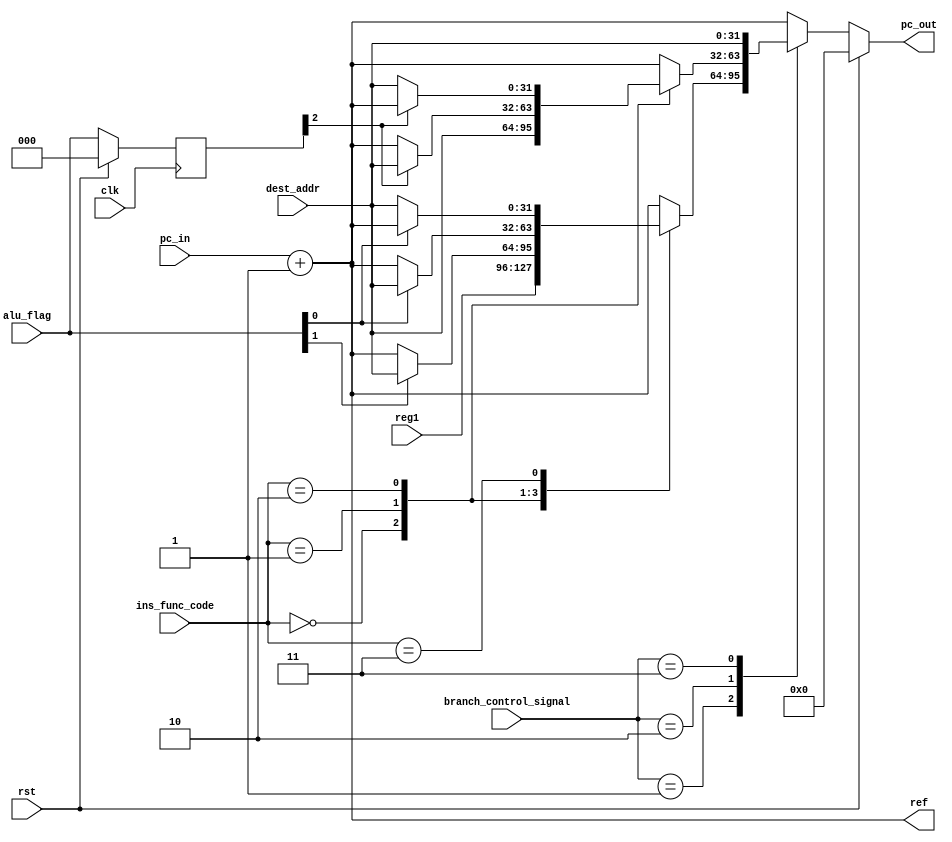
`timescale 1ns / 1ps
//////////////////////////////////////////////////////////////////////////////////
// Name: Yatindra Indoria, Srishty Gandhi
// Roll No: 20CS30060, 20CS30052
// Module Name:    Branching_Logic 
//////////////////////////////////////////////////////////////////////////////////
module branching_mechanism(
    input [31:0] pc_in,
    input [31:0] dest_addr,
    input [31:0] reg1,
    input [1:0] branch_control_signal,
    input [5:0] ins_func_code,
    input [2:0] alu_flag,
    input rst,
    input clk,
    output reg [31:0] pc_out,
    output reg [31:0] ref
    );
    /*
        name    ins_func_code       branch_control      alu_flag(ZNC)   pc_out          ref
        br      000000              01                  xxx             reg1            pc_in+1
        bltz    000001              01                  x1x             dest_addr       pc_in+1
        bz      000010              01                  1xx             dest_addr       pc_in+1
        bnz     000011              01                  0xx             dest_addr       pc_in+1
        b       000000              10                  xxx             dest_addr       pc_in+1
        bcy     000001              10                  xx1             dest_addr       pc_in+1
        bncy    000010              10                  xx0             dest_addr       pc_in+1
        bl      000000              11                  xxx             dest_addr       pc_in+1
        none    xxxxxx              00                  xxx             pc_in+1         pc_in+1
    */
    reg [2:0] old_flag;

    always @(posedge clk) begin
        if(rst)
            old_flag <= 3'b000;
        else
            old_flag <= alu_flag;
    end

    always @(*) begin
        ref <= pc_in+32'd1;
        if(rst)
            pc_out <= 32'd0;
        else begin 
            case(branch_control_signal)
                2'b01: begin
                    case(ins_func_code)
                        6'b000000: begin
                            pc_out<=reg1;
                        end
                        6'b000001:begin
                            if(alu_flag[1]==1'b1)
                                pc_out<=dest_addr;
                            else
                                pc_out<=pc_in+32'd1;
                        end
                        6'b000010:begin
                            if(alu_flag[0]==1'b1)
                                pc_out<=dest_addr;
                            else
                                pc_out<=pc_in+32'd1;
                        end
                        6'b000011:begin
                            if(alu_flag[0]==1'b0)
                                pc_out<=dest_addr;
                            else
                                pc_out<=pc_in+32'd1;
                        end
                        default: begin
                            pc_out<=pc_in+32'd1;
                        end
                    endcase 
                end
                2'b10: begin
                    case(ins_func_code)
                        6'b000000: begin
                            pc_out<=dest_addr;
                        end
                        6'b000001:begin
                            if(old_flag[2]==1'b1)
                                pc_out<=dest_addr;
                            else
                                pc_out<=pc_in+32'd1;
                        end
                        6'b000010:begin
                            if(old_flag[2]==1'b0)
                                pc_out<=dest_addr;
                            else
                                pc_out<=pc_in+32'd1;
                        end
                        default: begin
                            pc_out<=pc_in+32'd1;
                        end
                    endcase 
                end
                2'b11: begin
                    pc_out<=dest_addr;
                end
                default: begin
                    pc_out<=pc_in+32'd1;
                end
            endcase
        end
    end
endmodule